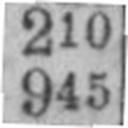
945